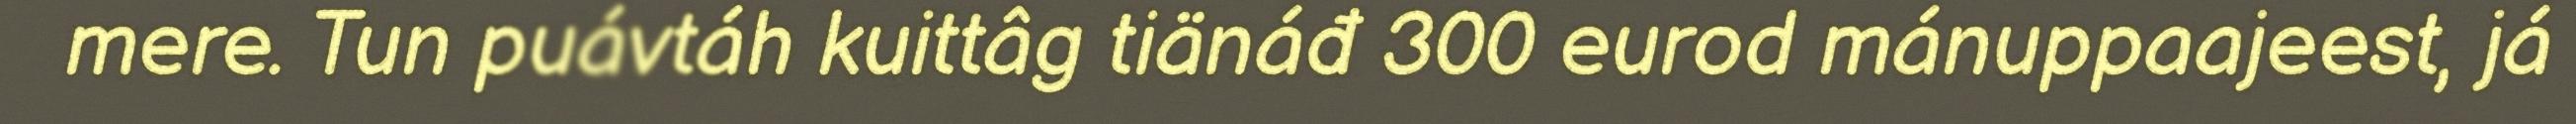
mere. Tun puávtáh kuittâg tiänáđ 300 eurod mánuppaajeest, já